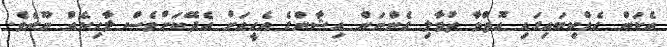
އެކަން އެއްކިބައިގައި އޮތްވާ ތުވާލި ގެންނަން އިޝާންގެ އެހީއަށް އެދޭކަށްވެސް ލާހިކެއް ނޫނެވެ.